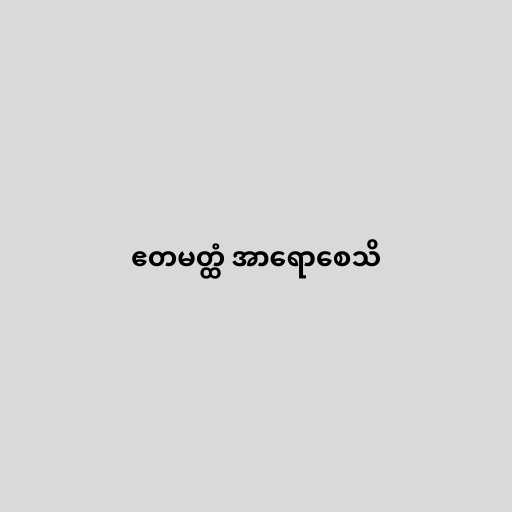
ဧတမတ္ထံ အာရောစေသိ